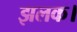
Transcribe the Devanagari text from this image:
झलक।